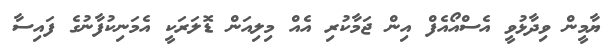
ޔާމީން ވިދާޅުވީ އެސްއޯއެފް އިން ޖަމާކުރި އެއް މިލިއަން ޑޮލަރަކީ އެމަނިކުފާނުގެ ފައިސާ